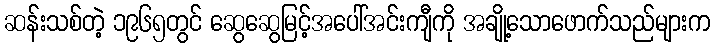
ဆန်းသစ်တဲ့ ၁၉၆၅တွင် ဆွေဆွေမြင့်အပေါ်အင်းကျီကို အချို့သောဖောက်သည်များက